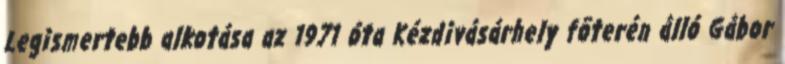
Legismertebb alkotása az 1971 óta Kézdivásárhely fõterén álló Gábor